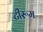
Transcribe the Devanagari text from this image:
टीरूम